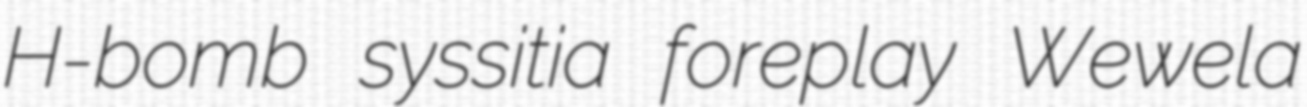
H-bomb syssitia foreplay Wewela